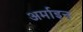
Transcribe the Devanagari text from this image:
अर्माइन